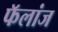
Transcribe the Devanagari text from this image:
फॅलांज